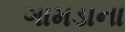
ગામડાના